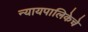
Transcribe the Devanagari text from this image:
न्यायपालिकेचे